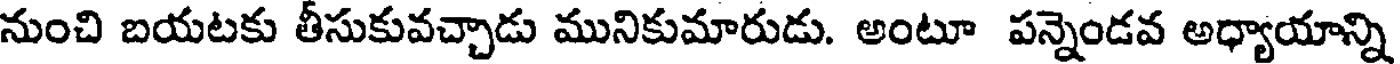
నుంచి బయటకు తీసుకువచ్చాడు మునికుమారుడు. అంటూ పన్నెండవ అధ్యాయాన్ని